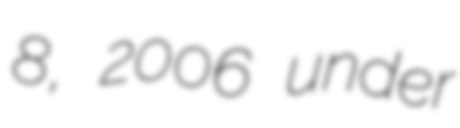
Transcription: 8, 2006 under